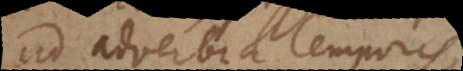
ad adverbia temporis,